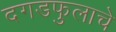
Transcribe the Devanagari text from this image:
दगडफुलाचे